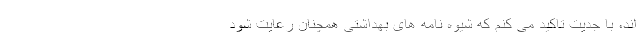
اند، با جدیت تاکید می کنم که شیوه نامه های بهداشتی همچنان رعایت شود